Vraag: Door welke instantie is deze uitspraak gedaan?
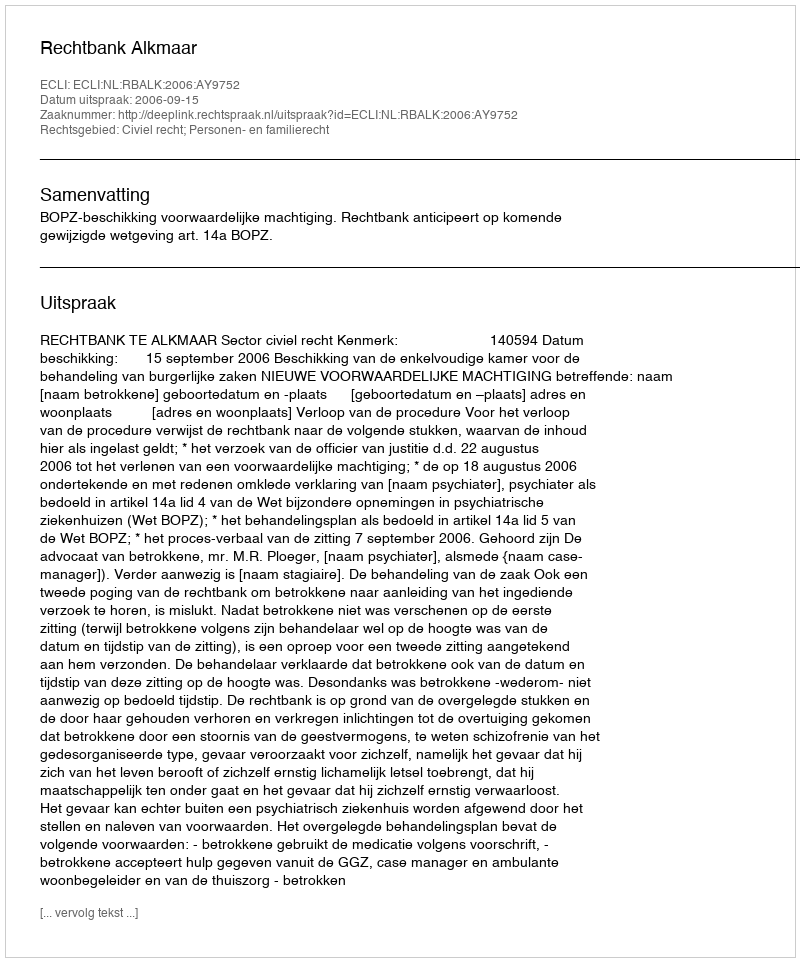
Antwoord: Rechtbank Alkmaar